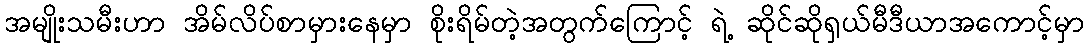
အမျိုးသမီးဟာ အိမ်လိပ်စာမှားနေမှာ စိုးရိမ်တဲ့အတွက်ကြောင့် ရဲ့ ဆိုင်ဆိုရှယ်မီဒီယာအကောင့်မှာ